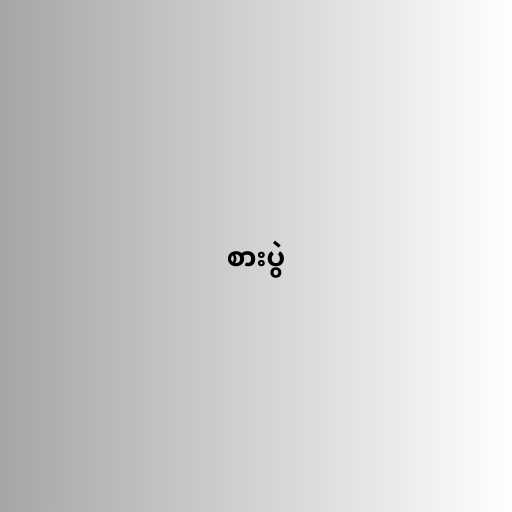
စားပွဲ